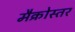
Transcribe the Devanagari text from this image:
मैक्रोस्तर